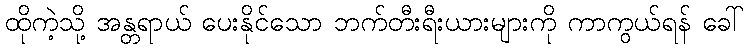
ထိုကဲ့သို့ အန္တရာယ် ပေးနိုင်သော ဘက်တီးရီးယားများကို ကာကွယ်ရန် ခေါ်